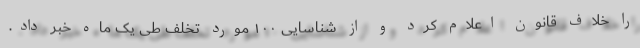
را خلاف قانون اعلام کرد و از شناسایی ۱۰۰ مورد تخلف طی یک ماه خبر داد.